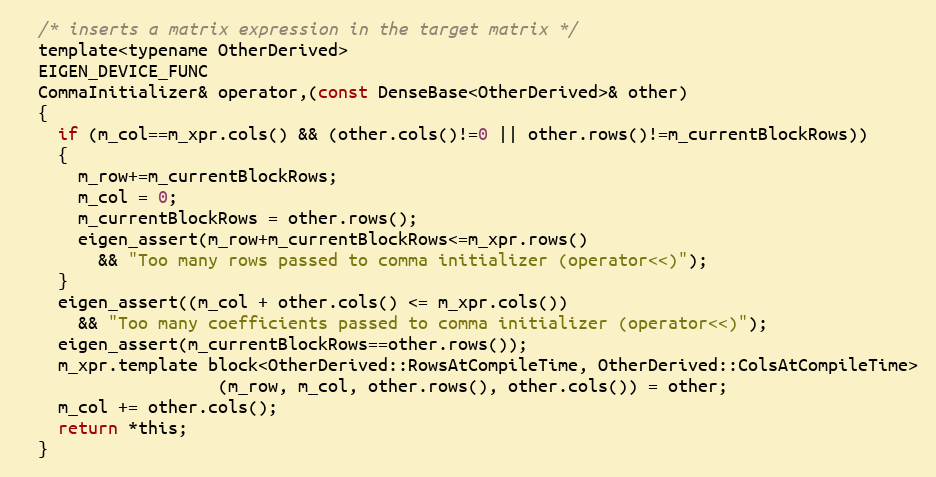
Language: C
  /* inserts a matrix expression in the target matrix */
  template<typename OtherDerived>
  EIGEN_DEVICE_FUNC
  CommaInitializer& operator,(const DenseBase<OtherDerived>& other)
  {
    if (m_col==m_xpr.cols() && (other.cols()!=0 || other.rows()!=m_currentBlockRows))
    {
      m_row+=m_currentBlockRows;
      m_col = 0;
      m_currentBlockRows = other.rows();
      eigen_assert(m_row+m_currentBlockRows<=m_xpr.rows()
        && "Too many rows passed to comma initializer (operator<<)");
    }
    eigen_assert((m_col + other.cols() <= m_xpr.cols())
      && "Too many coefficients passed to comma initializer (operator<<)");
    eigen_assert(m_currentBlockRows==other.rows());
    m_xpr.template block<OtherDerived::RowsAtCompileTime, OtherDerived::ColsAtCompileTime>
                    (m_row, m_col, other.rows(), other.cols()) = other;
    m_col += other.cols();
    return *this;
  }